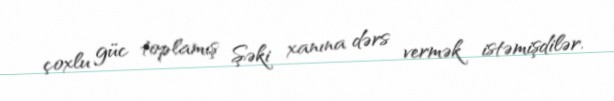
çoxlu güc toplamış Şəki xanına dərs vermək istəmişdilər.